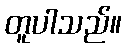
တူပါသည်။